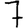
Digit: 7